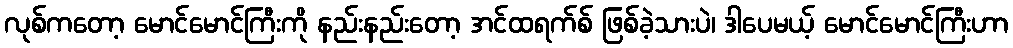
လုစ်ကတော့ မောင်မောင်ကြီးကို နည်းနည်းတော့ အင်ထရက်စ် ဖြစ်ခဲ့သားပဲ၊ ဒါပေမယ့် မောင်မောင်ကြီးဟာ